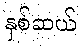
နှစ်ဆယ်